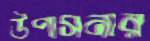
উপাসনার